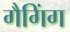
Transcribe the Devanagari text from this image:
गैगिंग